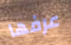
عرفها